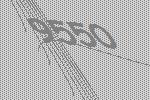
9550